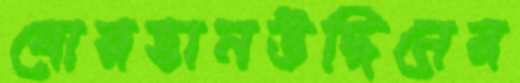
বোরহানউদ্দিনের